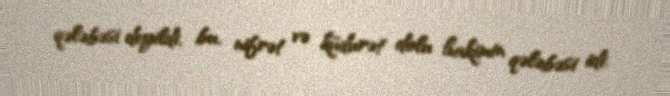
qələbəsi deyildi, bu, nifrət və küdurət dolu hakimin qələbəsi idi.